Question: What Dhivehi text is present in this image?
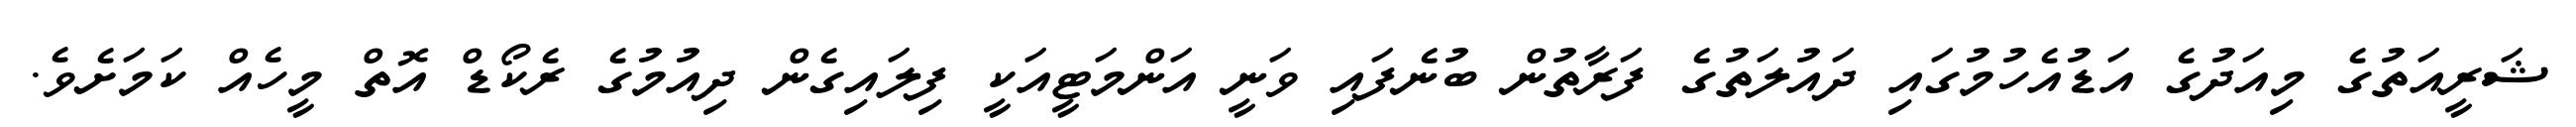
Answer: ޝަރީއަތުގެ މިއަދުގެ އަޑުއެހުމުގައި ދައުލަތުގެ ފަރާތުން ބުނެފައި ވަނީ އަންމަޓީއަކީ ފިލައިގެން ދިއުމުގެ ރެކޯޑް އޮތް މީހެއް ކަމަށެވެ.